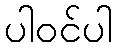
ပါဝင်ပါ